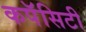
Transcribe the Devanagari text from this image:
कपॅसिटी